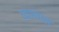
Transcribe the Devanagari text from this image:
व्दारपाल